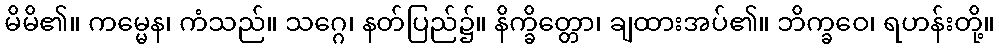
မိမိ၏။ ကမ္မေန၊ ကံသည်။ သဂ္ဂေ၊ နတ်ပြည်၌။ နိက္ခိတ္တော၊ ချထားအပ်၏။ ဘိက္ခဝေ၊ ရဟန်းတို့။